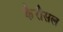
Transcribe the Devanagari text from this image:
कैरौसल